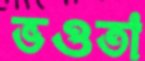
ভওতা